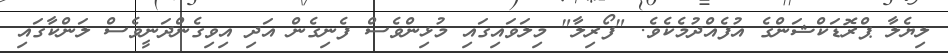
ލިޔެލާ ޕްރޮޑަކްޝަންގެ އުފެއްދުމެކެވެ. "ފޯރިލާ" މިލަވައިގައި މުޅިންވެސް ފެނިގެން އަދި އިވިގެންދަނީވެސް ލަންކާގައި